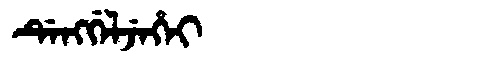
Manchu: ᡩᡝᠩᡤᡝᠯᠵᡝᡥᡝᡳ
Romanization: DENGGELJEHEI